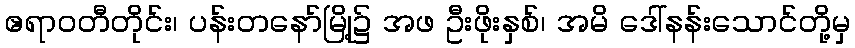
ဧရာဝတီတိုင်း၊ ပန်းတနော်မြို့၌ အဖ ဦးဖိုးနှစ်၊ အမိ ဒေါ်နန်းသောင်တို့မှ